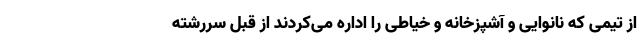
از تیمی که نانوایی و آشپزخانه و خیاطی را اداره می‌کردند از قبل سررشته